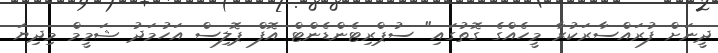
ދީނަށް ފުރައްސާރަކުރާ މީހެއްގެ ގޮތުގައި" ސުޕްރިޓެންޑެންޓް އޮފް ޕޮލިސް އަހުމަދު ޝަމީމް މިދިޔަ